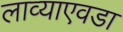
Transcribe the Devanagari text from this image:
लाव्याएवडा